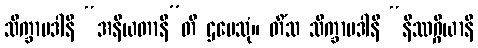
သိက္ခာပဒါနိ “အနိယတာနီ”တိ ဌပေသုံ။ တိံသ သိက္ခာပဒါနိ “နိဿဂ္ဂိယာနိ